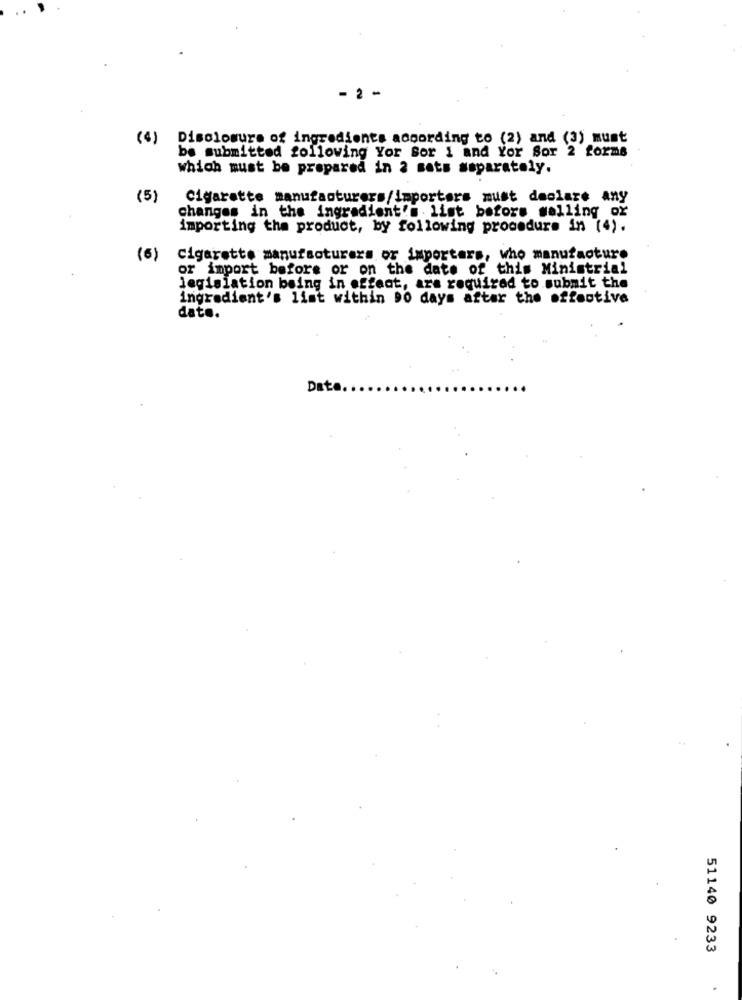
- 2 -
(4)
Disclosure of ingredients according to (2) and (3) must
be submitted following Yor Sor 1 and Yor Sor 2 forms
which must be prepared in 2 sets separately.
(5)
Cigarette manufacturers/importers must declare any
changes in the ingradient's list bofors salling ox
importing the product, by following procedure in (4).
(6)
Cigarette manufacturers or importers, who manufacture
or import before or on the date of this Ministrial
legislation being in effect, are required to submit the
ingredient's list within 90 days after the effective
date.
Date
51140 9233